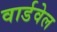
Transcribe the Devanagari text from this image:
वार्डवेल